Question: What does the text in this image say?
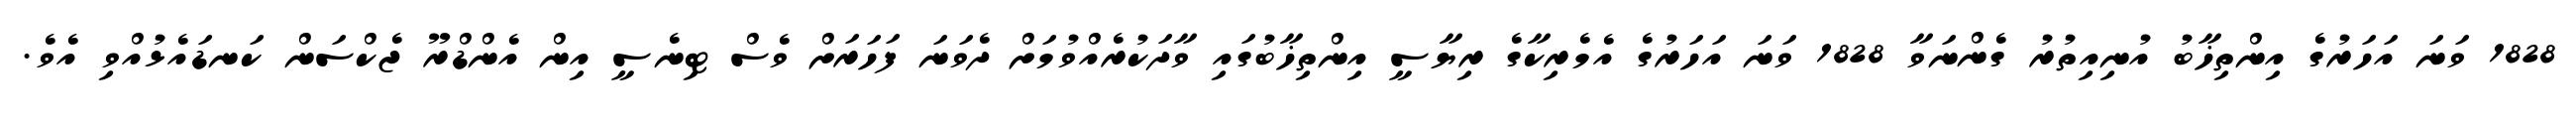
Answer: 1828 ވަނަ އަހަރުގެ އިންތިޚާބު އުނިއިތުރު ގެންނަވާ 1828 ވަނަ އަހަރުގެ އެމެރިކާގެ ރިޔާސީ އިންތިޚާބުގައި ވާދަކުރެއްވުމަށް ދެވަނަ ފަހަރަށް ވެސް ޓިނެސީ އިން އެންޑްރޫ ޖެކްސަން ކަނޑައެޅުއްވި އެވެ.